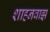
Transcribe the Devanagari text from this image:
शाहनवाझ